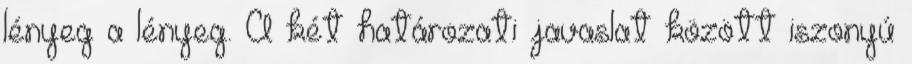
lényeg a lényeg. A két határozati javaslat között iszonyú